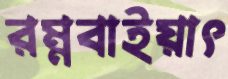
রম্নবাইয়াৎ